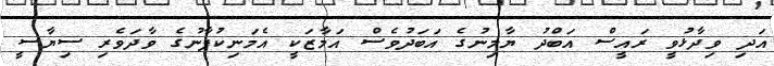
އަދި ވިދާޅުވީ ރައީސް އަބްދު ޔާމިނުގެ އަބަދުވެސް އަމާޒަކީ އެމަނިކުފާނުގެ ވާދަވެރި ސިޔާސީ